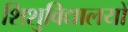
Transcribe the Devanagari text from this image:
शिशुविद्यालयों